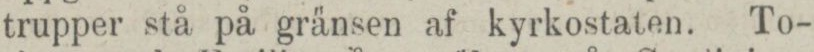
trupper stå på gränsen af kyrkostaten. To-